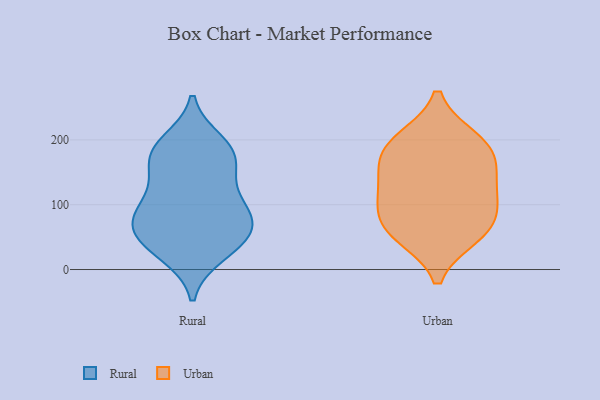
{"axis": {"x": "Net Income (USD K)", "y": "Value"}, "legend": ["Rural", "Urban"], "data": [{"x": "", "y": 117, "type": "Rural"}, {"x": "", "y": 32, "type": "Rural"}, {"x": "", "y": 67, "type": "Rural"}, {"x": "", "y": 75, "type": "Rural"}, {"x": "", "y": 41, "type": "Rural"}, {"x": "", "y": 75, "type": "Rural"}, {"x": "", "y": 196, "type": "Rural"}, {"x": "", "y": 177, "type": "Rural"}, {"x": "", "y": 90, "type": "Rural"}, {"x": "", "y": 88, "type": "Rural"}, {"x": "", "y": 53, "type": "Rural"}, {"x": "", "y": 161, "type": "Rural"}, {"x": "", "y": 24, "type": "Rural"}, {"x": "", "y": 181, "type": "Rural"}, {"x": "", "y": 184, "type": "Rural"}, {"x": "", "y": 134, "type": "Rural"}, {"x": "", "y": 173, "type": "Urban"}, {"x": "", "y": 196, "type": "Urban"}, {"x": "", "y": 200, "type": "Urban"}, {"x": "", "y": 126, "type": "Urban"}, {"x": "", "y": 165, "type": "Urban"}, {"x": "", "y": 53, "type": "Urban"}, {"x": "", "y": 98, "type": "Urban"}, {"x": "", "y": 120, "type": "Urban"}, {"x": "", "y": 69, "type": "Urban"}, {"x": "", "y": 59, "type": "Urban"}]}